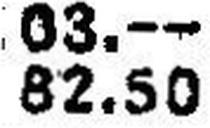
82.50